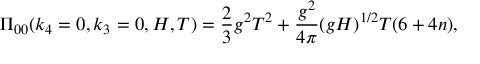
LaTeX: \Pi _ { 0 0 } ( k _ { 4 } = 0 , k _ { 3 } = 0 , H , T ) = \frac { 2 } { 3 } g ^ { 2 } T ^ { 2 } + \frac { g ^ { 2 } } { 4 \pi } ( g H ) ^ { 1 / 2 } T ( 6 + 4 n ) ,